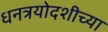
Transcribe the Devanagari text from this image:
धनत्रयोदशीच्या